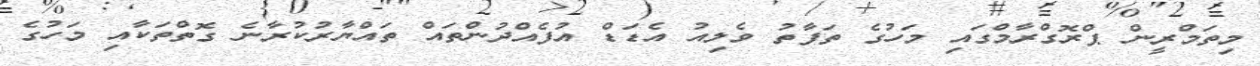
މިތަމްރީން ޕްރޮގްރާމްގައި މަހުގެ ތަފާތު ވެލިއު އެޑަޑް އުފެއްދުންތައް ތައްޔާރުކުރާނެ ގޮތްތަކާއި މަހުގެ